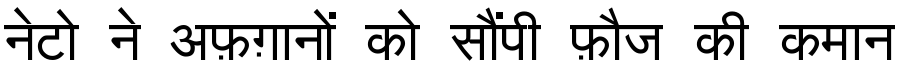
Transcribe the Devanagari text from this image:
नेटो ने अफ़ग़ानों को सौंपी फ़ौज की कमान